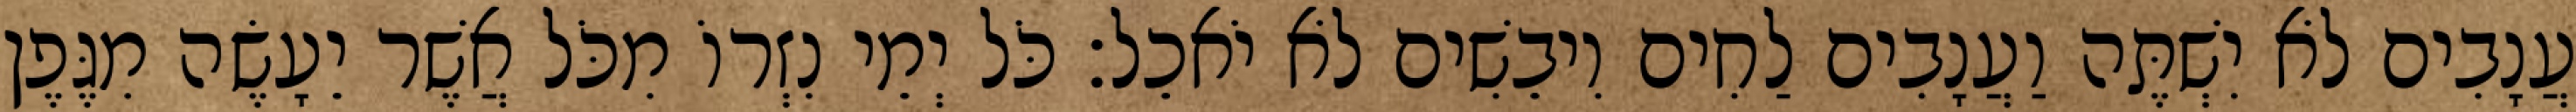
עֲנָבִים לֹא יִשְׁתֶּה וַעֲנָבִים לַחִים וִיבֵשִׁים לֹא יֹאכֵל׃ כֹּל יְמֵי נִזְרוֹ מִכֹּל אֲשֶׁר יֵעָשֶׂה מִגֶּפֶן